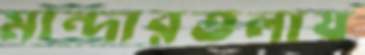
মান্দারতলায়